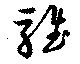
騅